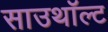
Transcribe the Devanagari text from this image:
साउथॉल्ट